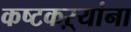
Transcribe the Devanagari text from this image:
कष्टकऱ्यांना